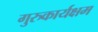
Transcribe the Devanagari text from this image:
गुरुकार्यक्षम